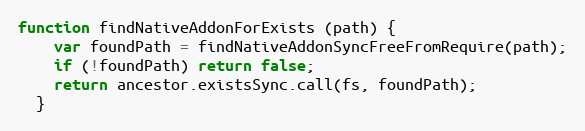
Language: JavaScript
function findNativeAddonForExists (path) {
    var foundPath = findNativeAddonSyncFreeFromRequire(path);
    if (!foundPath) return false;
    return ancestor.existsSync.call(fs, foundPath);
  }